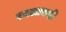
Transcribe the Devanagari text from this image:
एचआयव्ही